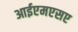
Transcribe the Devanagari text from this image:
आईएमएसए